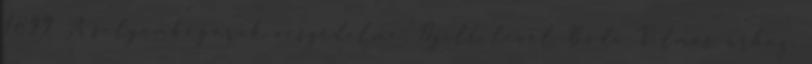
1899 A selyembogarak veszedelme. Nyílt levél Boda Vilmos úrhoz.